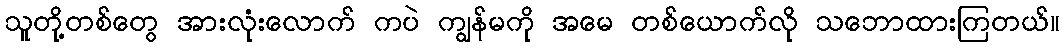
သူတို့တစ်တွေ အားလုံးလောက် ကပဲ ကျွန်မကို အမေ တစ်ယောက်လို သဘောထားကြတယ်။